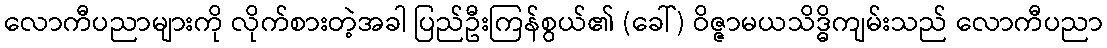
လောကီပညာများကို လိုက်စားတဲ့အခါ ပြည်ဦးကြန်စွယ်၏ (ခေါ်) ဝိဇ္ဇာမယသိဒ္ဓိကျမ်းသည် လောကီပညာ